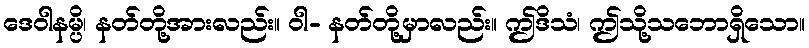
ဒေဝါနမ္ပိ၊ နတ်တို့အားလည်း။ ဝါ- နတ်တို့မှာလည်း။ ဤဒိသံ၊ ဤသို့သဘောရှိသော။